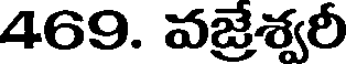
469. వజ్రేశ్వరీ